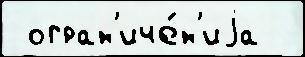
 огран'иче́н'иjа